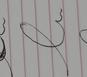
Signature authenticity: forged